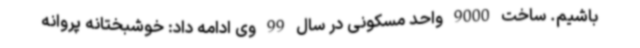
باشیم. ساخت 9000 واحد مسکونی در سال 99 وی ادامه داد: خوشبختانه پروانه